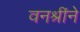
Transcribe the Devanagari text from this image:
वनश्रींने